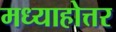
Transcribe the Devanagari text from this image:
मध्याहोत्तर